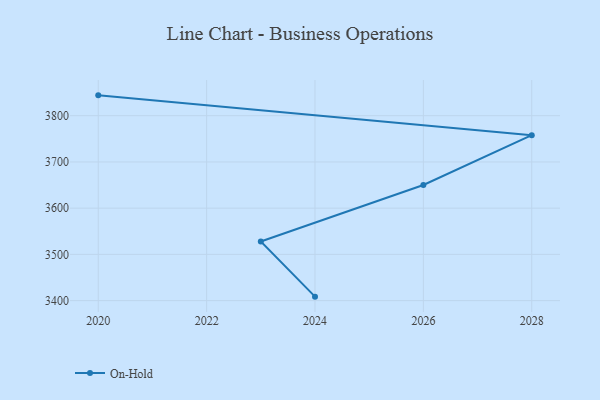
{"axis": {"x": "Year", "y": "Active Users"}, "legend": ["On-Hold"], "data": [{"x": "2020", "y": 3844.0, "type": "On-Hold"}, {"x": "2028", "y": 3757.8, "type": "On-Hold"}, {"x": "2026", "y": 3650.2, "type": "On-Hold"}, {"x": "2023", "y": 3528.0, "type": "On-Hold"}, {"x": "2024", "y": 3408.6, "type": "On-Hold"}]}